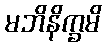
မဘိနိက္ခမိ